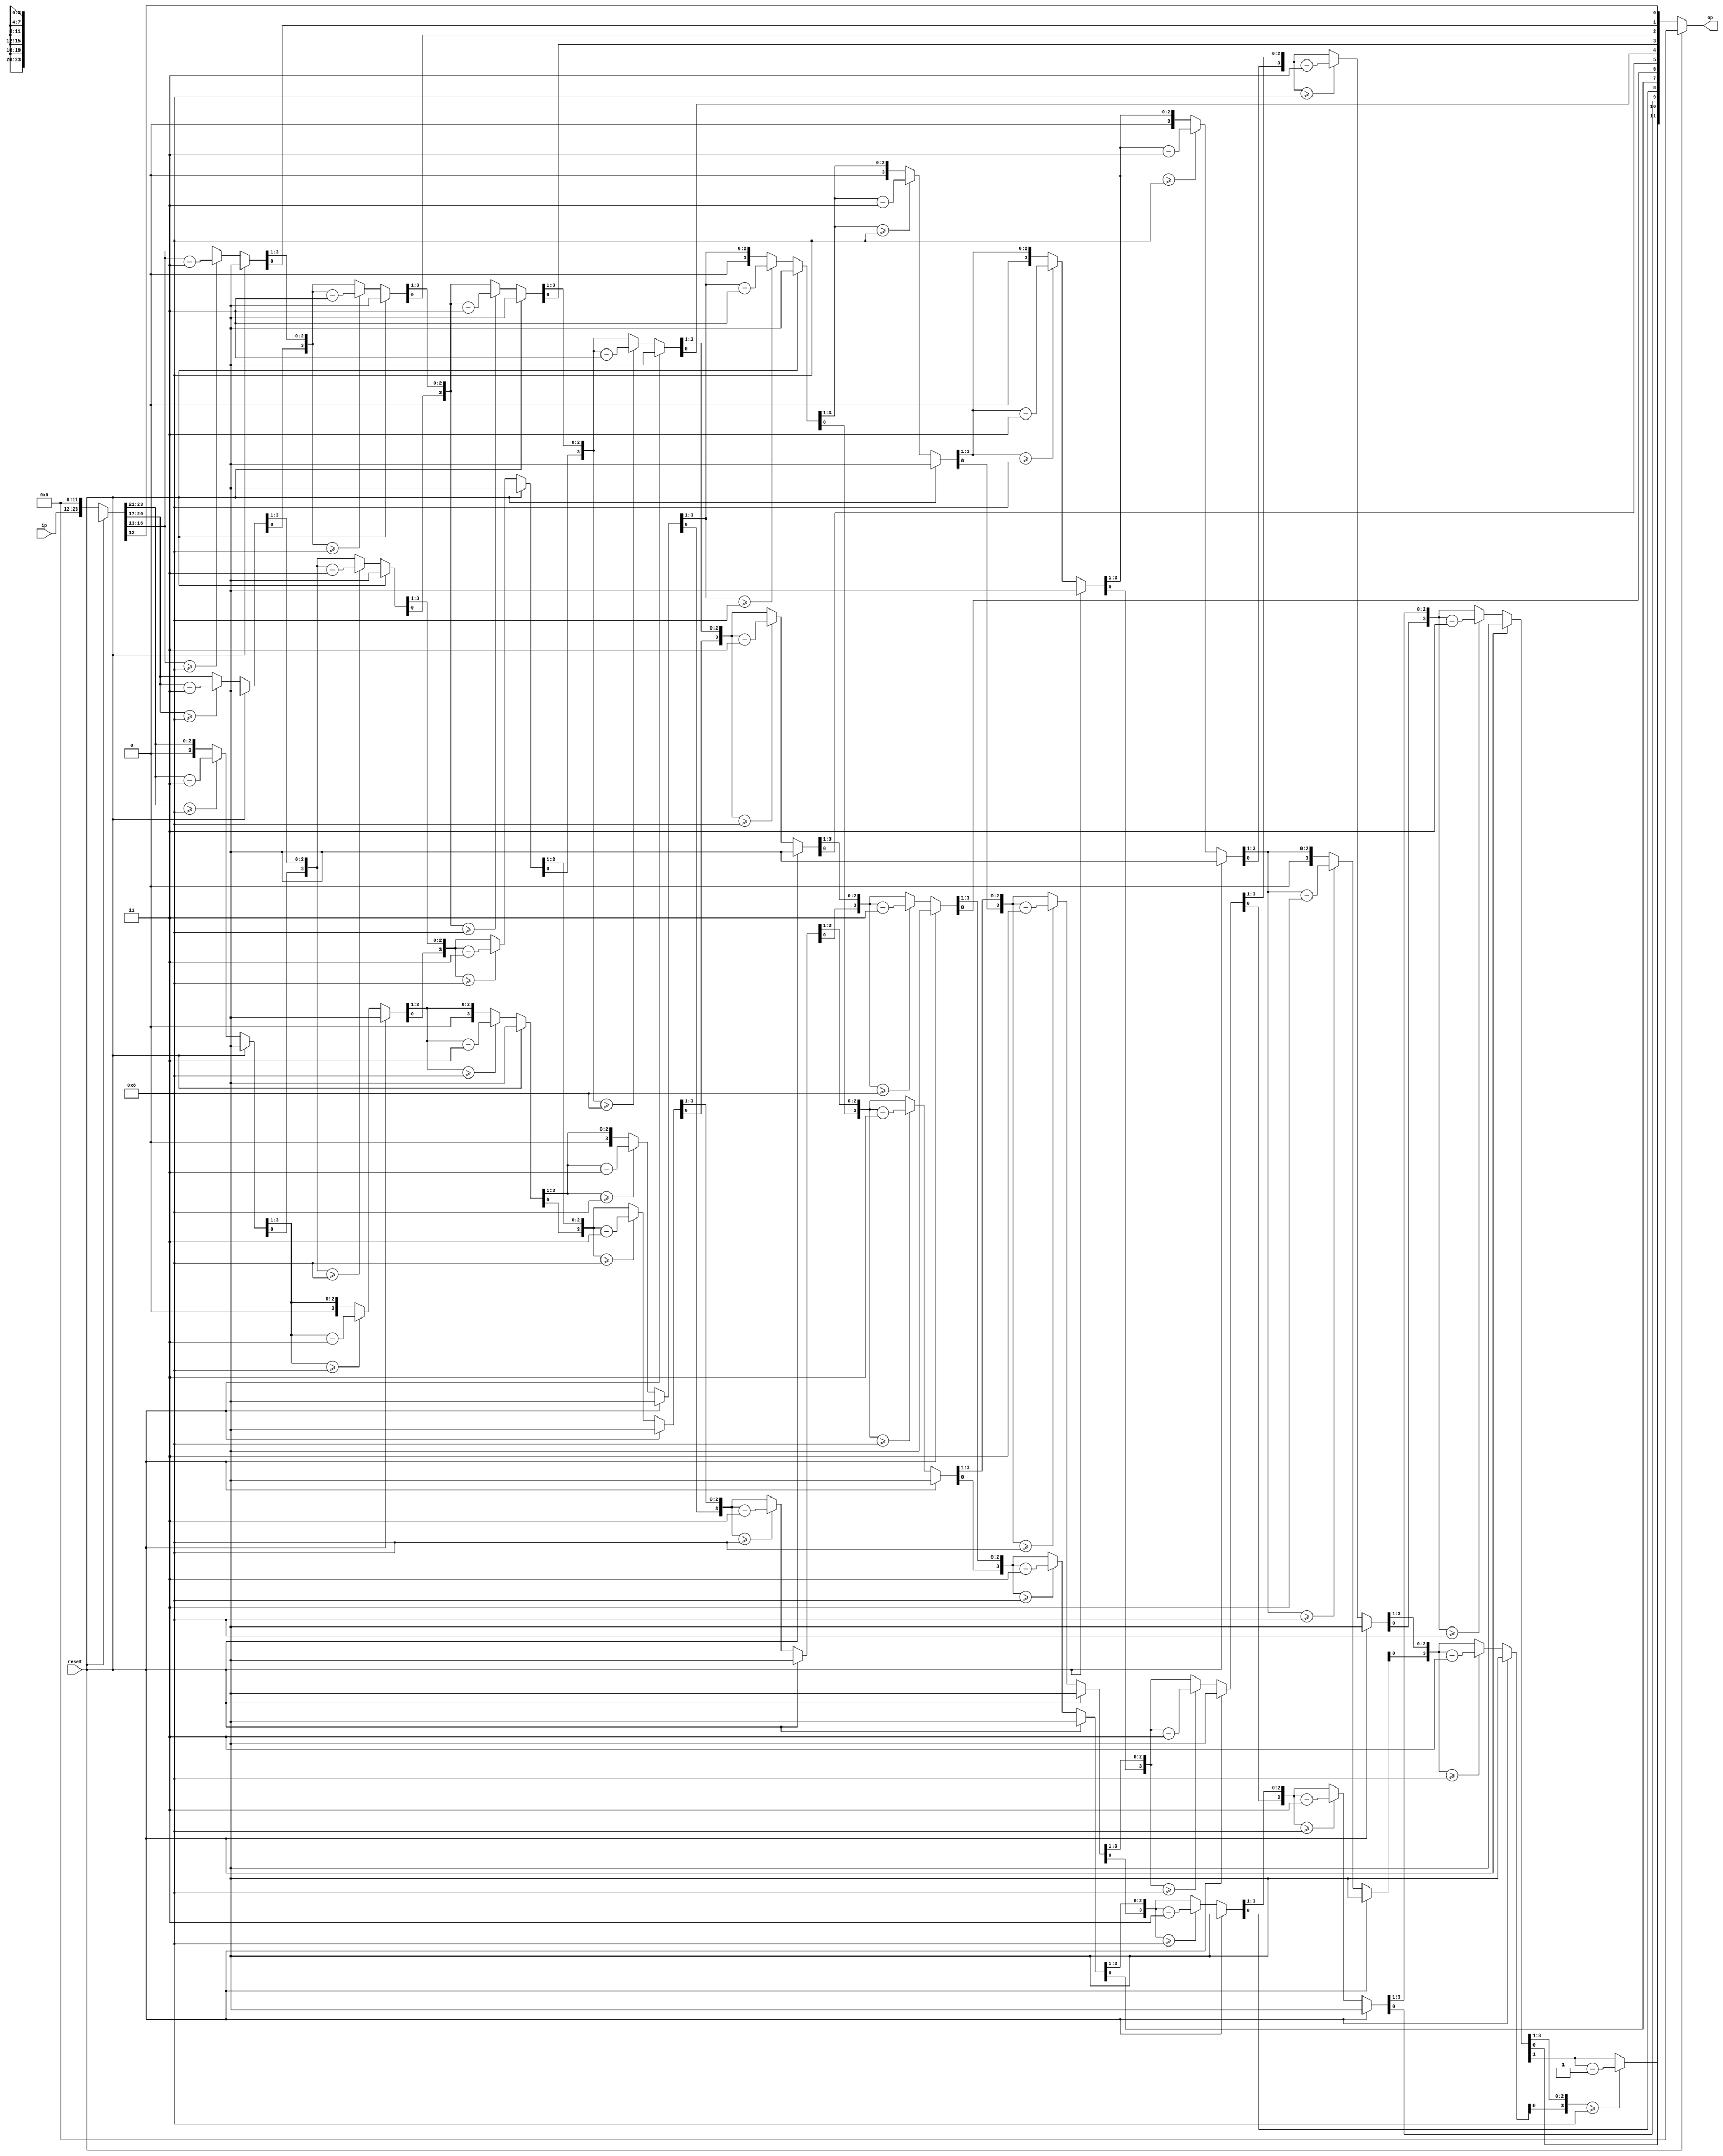
`timescale 1ns / 1ps
//////////////////////////////////////////////////////////////////////////////////
// Company: 
// Engineer: 
// 
// Design Name: 
// Module Name:    BCD_to_HEX 
// Project Name: 
// Target Devices: 
// Tool versions: 
// Description: 
//
// Dependencies: 
//
// Revision: 
// Revision 0.01 - File Created
// Additional Comments: 
//
//////////////////////////////////////////////////////////////////////////////////
module BCD_to_HEX(reset,ip,op);

input reset;
input [11:0] ip;
output [11:0] op;

reg [23:0] temp = 24'b0;
reg[3:0] count = 3'b0;
assign op = temp[11:0];

always @ (ip)
begin
if(reset == 1'b1)
	begin
		count = 4'b0;
		temp = 24'b0;
	end
else
	begin
		if(count == 4'b0)
			temp[23:0] = {ip[11:0],12'b0};

		for(count = 4'b0; count<4'd11; count= count+1'b1)
		begin
			temp = temp >> 1;
			if(temp[23:20] >= 4'b1000 )
				temp[23:20] = temp[23:20] - 4'b0011;
			if(temp[19:16] >= 4'b1000 )
				temp[19:16] = temp[19:16] - 4'b0011;
			if(temp[15:12] >= 4'b1000 )
				temp[15:12] = temp[15:12] - 4'b0011;
		end
		
		if(count == 4'b1011)
			begin
				temp = temp>>1;
				count = 4'b0;
			end
		else ;
	end
end
endmodule